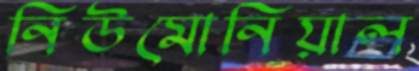
নিউমোনিয়াল